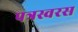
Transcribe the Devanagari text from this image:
पत्रस्वरस